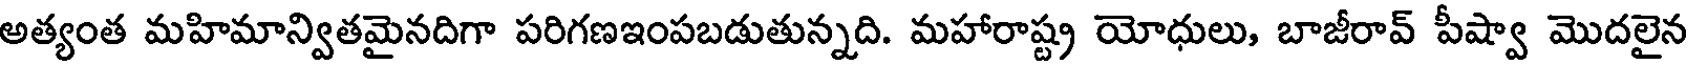
అత్యంత మహిమాన్వితమైనదిగా పరిగణఇంపబడుతున్నది. మహారాష్ట్ర యోధులు, బాజీరావ్ పీష్వా మొదలైన